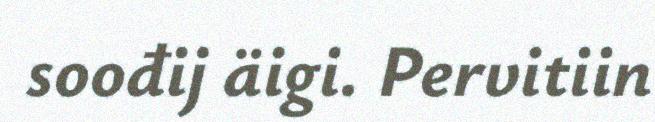
soođij äigi. Pervitiin